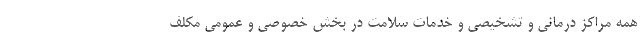
همه مراکز درمانی و تشخیصی و خدمات سلامت در بخش خصوصی و عمومی مکلف